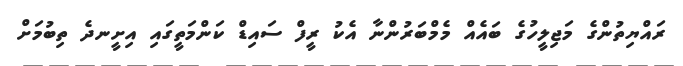
ރައްޔިތުންގެ މަޖިލީހުގެ ބައެއް މެމްބަރުންނާ އެކު ރީފް ސައިޑް ކަންމަތީގައި އިށީނދެ ތިބުމަށް